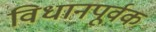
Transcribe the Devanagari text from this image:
विधानपूर्वक